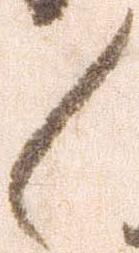
々